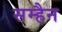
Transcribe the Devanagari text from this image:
सम्हैन